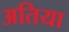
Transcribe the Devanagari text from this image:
अतिया